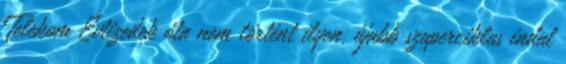
Telekom Évtizedek óta nem történt ilyen, újabb szuperciklus indul